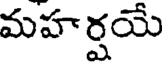
మహర్షయే